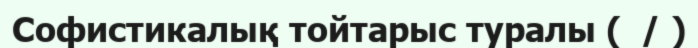
Софистикалық тойтарыс туралы (  / )